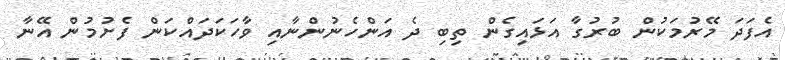
އެފަދަ މޭރުމަކުން ބުރުގާ އަޅައިގެން ތިބި ދެ އަންހެނުންނާއި ވާހަކަދައްކަން ފެށުމުން އޭނާ